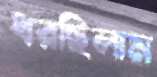
ধরছিলাম